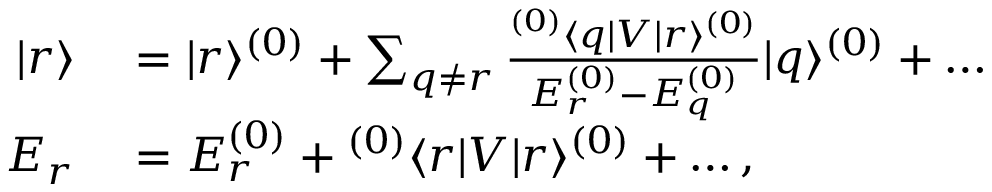
\begin{array} { r l } { | r \rangle } & { { } = | r \rangle ^ { ( 0 ) } + \sum _ { q \ne r } \frac { { } ^ { ( 0 ) } \langle q | V | r \rangle ^ { ( 0 ) } } { E _ { r } ^ { ( 0 ) } - E _ { q } ^ { ( 0 ) } } | q \rangle ^ { ( 0 ) } + \dots } \\ { E _ { r } } & { { } = E _ { r } ^ { ( 0 ) } + { } ^ { ( 0 ) } \langle r | V | r \rangle ^ { ( 0 ) } + \dots , } \end{array}